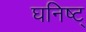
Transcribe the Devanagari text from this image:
घनिष्ट्